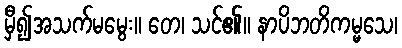
မှီ၍အသက်မမွေး။ တေ၊ သင်၏။ နာပိဘတိကမ္မသေ၊